Lunatic asylums Madras 1877-1891 - 1877-1891
Year: 1877
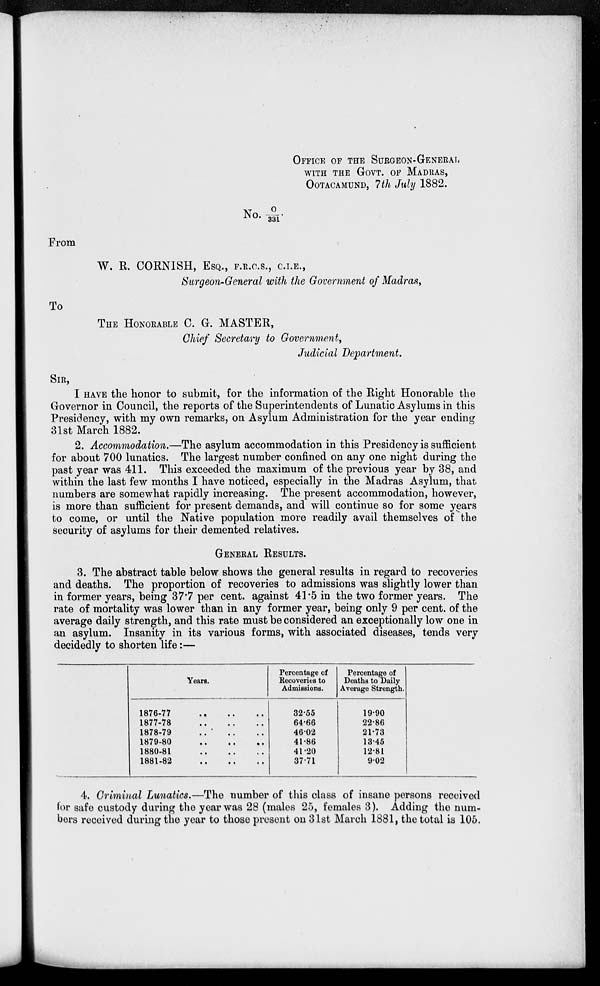
OFFICE OF THE SURGEON-GENERAL
WITH THE GOVT. OF MADRAS,
OOTACAMUND, 7th July 1882.
No.O/331.
From
W. R. CORNISH, ESQ., F.R.C.S., C.I.E.,
Surgeon-General with the Government of Madras,
To
THE HONORABLE C. G. MASTER,
Chief Secretary to Government,
Judicial Department.
SIR,
I HAVE the honor to submit, for the information of the Right Honorable the
Governor in Council, the reports of the Superintendents of Lunatic Asylums in this
Presidency, with my own remarks, on Asylum Administration for the year ending
31st March 1882.
2. Accommodation.—The asylum accommodation in this Presidency is sufficient
for about 700 lunatics. The largest number confined on any one night during the
past year was 411. This exceeded the maximum of the previous year by 38, and
within the last few months I have noticed, especially in the Madras Asylum, that
numbers are somewhat rapidly increasing. The present accommodation, however,
is more than sufficient for present demands, and will continue so for some years
to come, or until the Native population more readily avail themselves of the
security of asylums for their demented relatives.
GENERAL RESULTS.
3. The abstract table below shows the general results in regard to recoveries
and deaths. The proportion of recoveries to admissions was slightly lower than
in former years, being 37.7 per cent. against 41.5 in the two former years. The
rate of mortality was lower than in any former year, being only 9 per cent. of the
average daily strength, and this rate must be considered an exceptionally low one in
an asylum. Insanity in its various forms, with associated diseases, tends very
decidedly to shorten life:—
Years.
1876-77
..
..
..
1877-78
..
..
..
1878-79
..
..
..
1879-80
..
..
..
1880-81
..
..
..
1881-82
..
..
..
Percentage of
Recoveries to
Admissions.
32.55
64.66
46.02
41.86
41.20
37.71
Percentage of
Deaths to Daily
Average Strength.
19.90
22.86
21.73
13.45
12.81
9.02
4. Criminal Lunatics.—The number of this class of insane persons received
for safe custody during the year was 28 (males 25, females 3). Adding the num-
bers received during the year to those present on 31st March 1881, the total is 105.